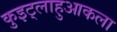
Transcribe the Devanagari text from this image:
कुइट्लाहुआकला